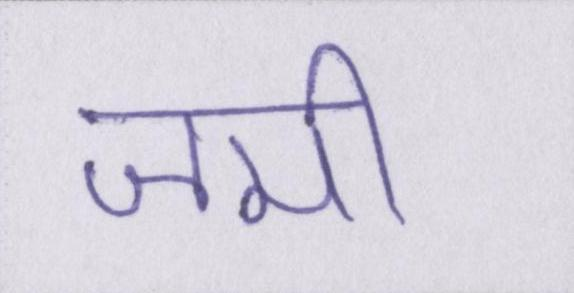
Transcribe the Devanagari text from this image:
जमी